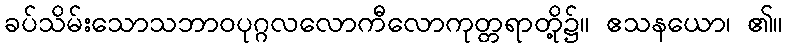
ခပ်သိမ်းသောသဘာဝပုဂ္ဂလလောကီလောကုတ္တရာတို့၌။ ဧသနယော၊ ၏။